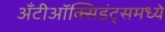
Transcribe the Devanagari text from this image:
अँटीऑक्सिडंट्समध्ये